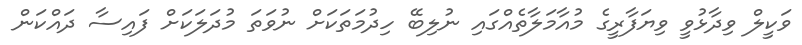
ވަކީލް ވިދާޅުވީ ވިޔަފާރީގެ މުއާމަލާތެއްގައި ނުލިބޭ ހިދުމަތަކަށް ނުވަތަ މުދަލަކަށް ފައިސާ ދައްކަން